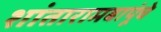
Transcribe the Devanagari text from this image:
शांतारामबापूंचे